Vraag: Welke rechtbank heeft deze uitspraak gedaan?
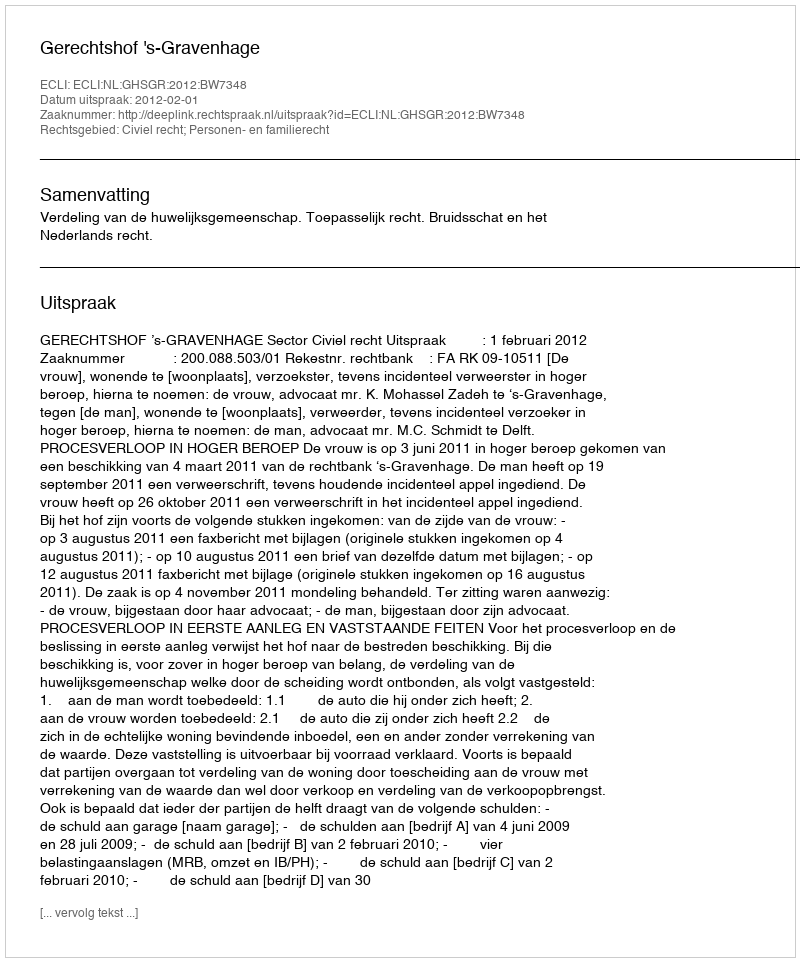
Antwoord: Gerechtshof 's-Gravenhage